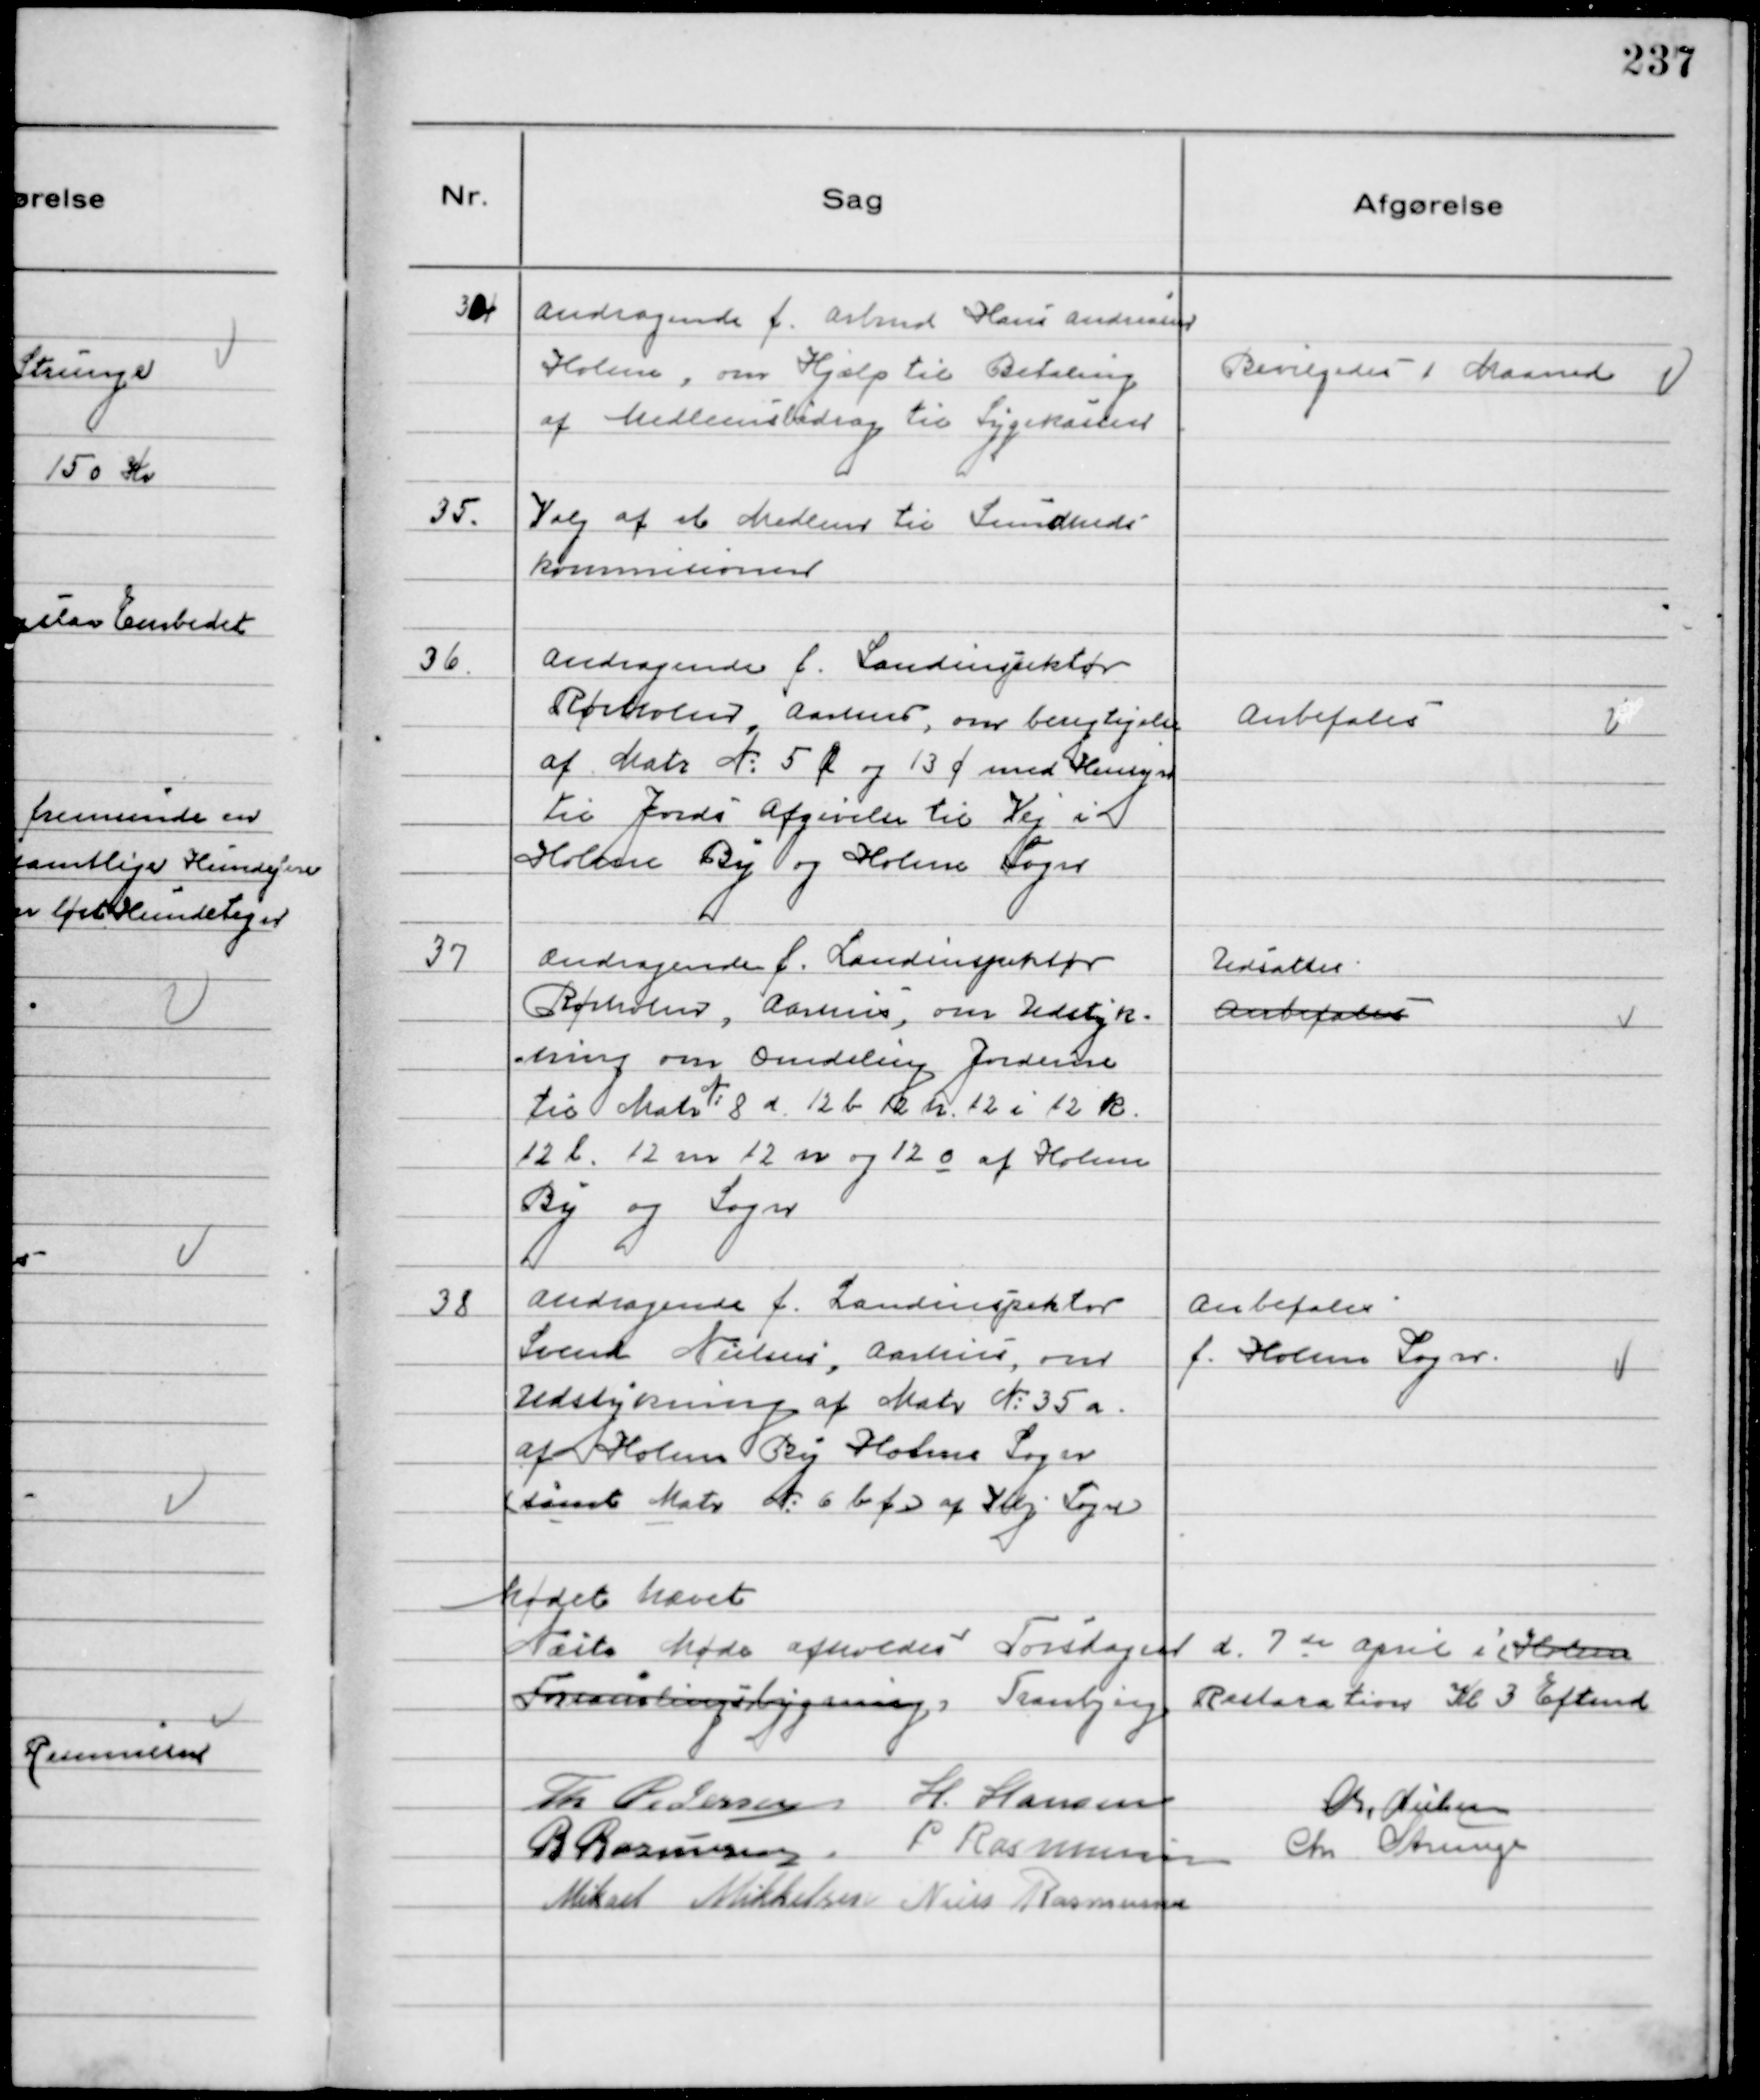
Transskription:
34
Andragende f. Arbmd Hans Andersen
Holme, om Hjælp til Betaling
af Medlemsbidrag til Sygekassen.

Bevilgedes 1 Maaned

35.
Valg at et Medlem til Sundheds-
kommisionen

36.
Andragende f. Landinspektør
Rørholm, Aarhus, om besigtigelse
af Matr № 5 l og 13 f med Hensyn
til Jords Afgivelse til Vej i
Holme By og Holme Sogn

Anbefales

37
Andragende f. Landinspektør
Rørholm, Aarhus, om Udstyk-
ning om Omdeling Jorderne
til Matr №8 a 12 b 12 h 12 i 12 k
12 l 12 m 12 n og 12 o af Holme
By og Sogn

Udsattes
Anbefales

38
Andragende f. Landinspektør
Svend Nielsen, Aarhus, om
Udstrykning af Matr №35 a
af Holme By Holme Sogn
(samt Matr № 6 b f)af Hbj Sogn

Anbefales
f. Holme Sogn

Mødet hævet
Næste Møde afholdes Torsdagen d 7 de April i(Holme
Forsamlingsbygning)Tranbjerg Restaration Kl 3 Eftmd
Th Pedersen H. Hansen
Chr. Nielsen
R Rasmussen. P Rasmussen
Chr Strunge
Mikael Mikkelsen Niels Rasmussen